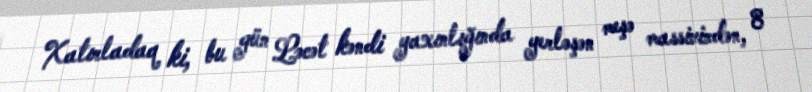
Xatırladaq ki, bu gün Ləcət kəndi yaxınlığında yerləşən meşə massivindən, 8